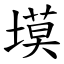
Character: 塻